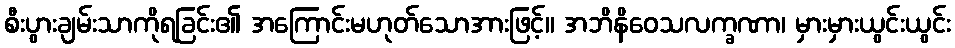
စီးပွားချမ်းသာကိုရခြင်း၏ အကြောင်းမဟုတ်သောအားဖြင့်။ အဘိနိဝေသလက္ခဏာ၊ မှားမှားယွင်းယွင်း